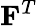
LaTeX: \mathbf{F}^{T}